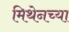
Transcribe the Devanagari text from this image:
मिथेनच्या